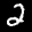
Label: 2